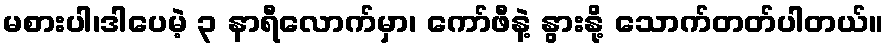
မစားပါ၊ဒါပေမဲ့ ၃ နာရီလောက်မှာ၊ ကော်ဖီနဲ့ နွားနို့ သောက်တတ်ပါတယ်။